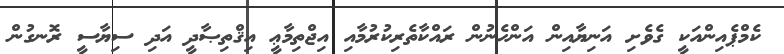
ކެމްޕެއިންއަކީ ގެވެށި އަނިޔާއިން އަންހެނުން ރައްކާތެރިކުރުމާއި އިޖްތިމާޢީ އިޤްތިޞާދީ އަދި ސިޔާސީ ރޮނގުން